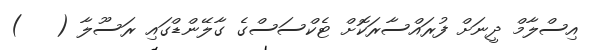
އިސްލާމް ދީނަށް ފުރައްސާރަކޮށް ޓެކްސަސްގެ ގާލޭންޑްގައި ރަސޫލާ (   )